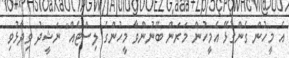
އެ މީހުން ގެންގުޅޭ އެމީހުން މަރަން ބޭނުންވާ މީހުންގެ ލިސްޓެއް" ނަޝީދު ވިދާޅުވި